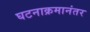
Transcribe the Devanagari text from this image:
घटनाक्रमानंतर